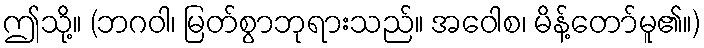
ဤသို့။ (ဘဂဝါ၊ မြတ်စွာဘုရားသည်။ အဝေါစ၊ မိန့်တော်မူ၏။)